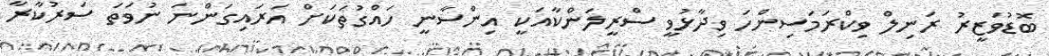
ބޮޑުވަޒީރު ރަނިލް ވިކްރަމަސިންހަ ވިދާޅުވީ ސްރީލަންކާއަކީ އިންސާނީ ހައްގުތަކަށް އަރައިގަންނަ ނުވަތަ ސަރުކާރާ